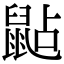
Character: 𪕐